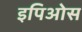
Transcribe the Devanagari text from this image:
इपिओस